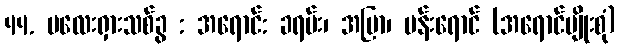
44. မလေးရှားသစ်ခွ : အရောင်: ခရမ်း၊ အပြာ၊ ပန်းရောင် (အရောင်မျိုးစုံ)